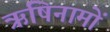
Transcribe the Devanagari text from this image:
ऋषिनामों